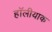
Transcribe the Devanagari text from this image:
हॉलीयाक